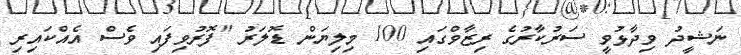
ނަޝީދު ވިދާޅުވީ ސަރުކާރުގެ ރިޒާވްގައި 100 މިލިޔަން ޑޮލަރު "ފޮރުވިފައި ވެސް އެއްކައިރި